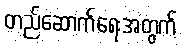
တည်ဆောက်ရေးအတွက်